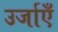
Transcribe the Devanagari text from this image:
उर्जाएँ